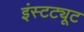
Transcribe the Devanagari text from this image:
इंस्‍टट्यूट